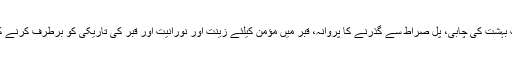
نیز نماز شب بہشت کی چابی، پل صراط سے گذرنے کا پروانہ، قبر میں مؤمن کیلئے زینت اور نورانیت اور قبر کی تاریکی کو برطرف کرنے کا باعث ہے۔